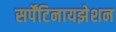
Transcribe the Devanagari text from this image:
सर्पेंटिनायझेशन